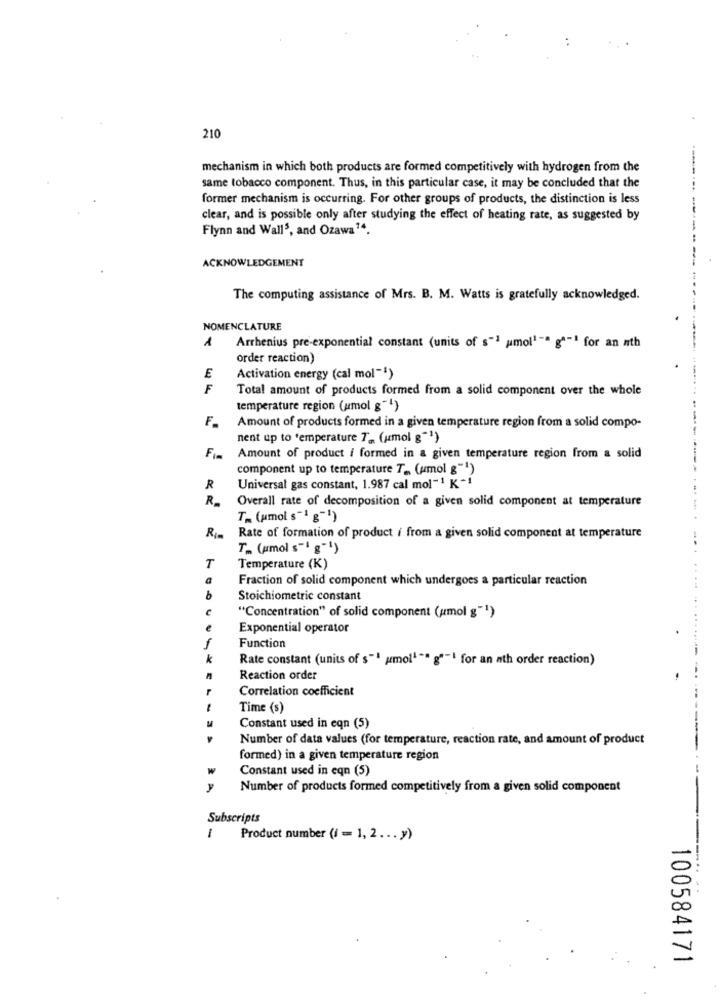
210
mechanism in which both products are formed competitively with hydrogen from the
same tobacco component. Thus, in this particular case, it may be concluded that the
former mechanism is occurring. For other groups of products, the distinction is less
clear, and is possible only after studying the effect of heating rate, as suggested by
Flynn and Wall5, and Ozawa14.
ACKNOWLEDGEMENT
The computing assistance of Mrs. B. M. Watts is gratefully acknowledged.
NOMENCLATURE
1
Arrhenius pre-exponential constant (units of s"1 amol1"" g""1 for an nth
order reaction)
E
Activation energy (cal mol"")
F
Total amount of products formed from a solid component over the whole
temperature region (umol g-1)
Amount of products formed in a given temperature region from a solid compo-
nent up to temperature Ta (umol "1)
Fi
Amount of product i formed in a given temperature region from a solid
component up to temperature T _, (umol g"1)
R
Universal gas constant, 1.987 cal mol-1 K +!
Overall rate of decomposition of a given solid component at temperature
T= (umol s"1 g"1)
Rate of formation of product i from a given solid component at temperature
T _. (pmol s" g"!)
T
Temperature (K)
Fraction of solid component which undergoes a particular reaction
.....
b
Stoichiometric constant
"Concentration" of solid component (umol g"1)
Exponential operator
Function
Rate constant (units of s"" amol1"" g""! for an nth order reaction)
Reaction order
Correlation coefficient
Time (s)
Constant used in eqn (5)
Number of data values (for temperature, reaction rate, and amount of product
formed) in a given temperature region
W
Constant used in eqn (5)
y
Number of products formed competitively from a given solid component
Subscripts
-
Product number (i = 1, 2. .. y)
100584171